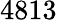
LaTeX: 4813